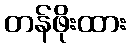
တန်ဖိုးထား